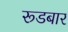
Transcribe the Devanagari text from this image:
रूडबार